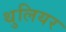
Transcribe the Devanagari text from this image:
थुलियर